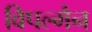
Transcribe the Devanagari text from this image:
विपल्मैन